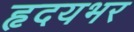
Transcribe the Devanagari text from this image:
हृदयभर